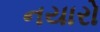
નયારો